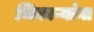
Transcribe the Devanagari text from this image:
भिकाऱ्यांना